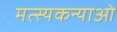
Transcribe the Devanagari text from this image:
मत्स्यकन्याओं